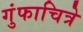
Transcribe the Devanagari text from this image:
गुंफाचित्रे